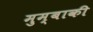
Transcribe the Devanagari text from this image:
मुम्बाकी